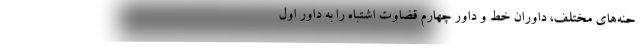
حنه‌های مختلف، داوران خط و داور چهارم قضاوت اشتباه را به داور اول